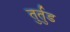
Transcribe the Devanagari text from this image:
तुर्तुड